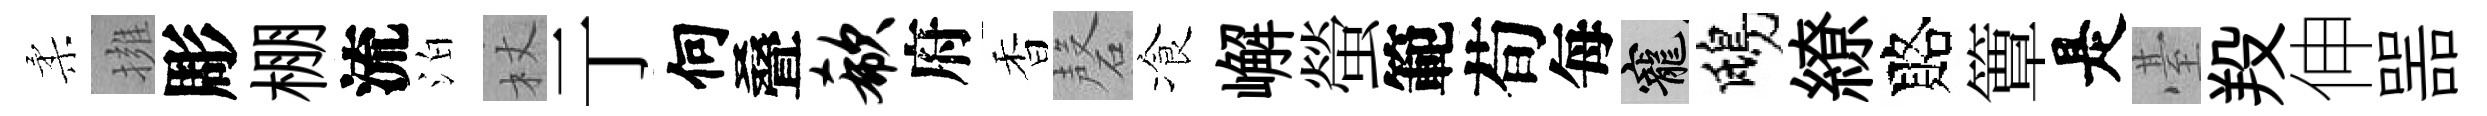
柔擁彫棚流泊杖亍何叠欷府香磬飡嶰螢範荀每寵鴟繚賂簟是䑓羖伸噐